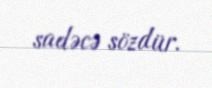
sadəcə sözdür.